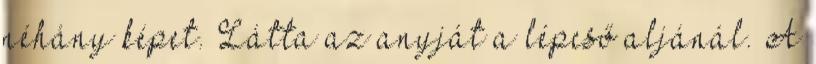
néhány képet. Látta az anyját a lépcső aljánál. A